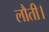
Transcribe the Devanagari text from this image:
लौती।